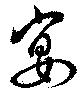
宴